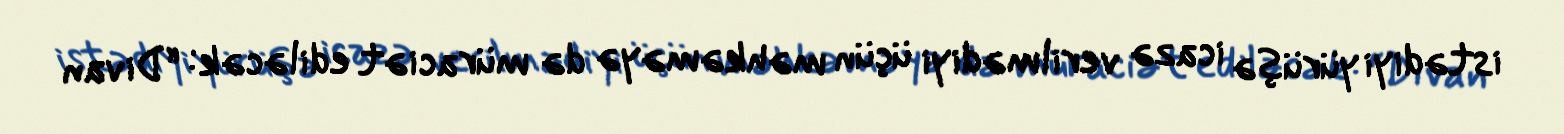
istədiyi yürüşə icazə verilmədiyi üçün məhkəməyə də müraciət ediləcək: “Divan